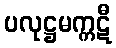
ပလုဋ္ဌမက္ကဋီ